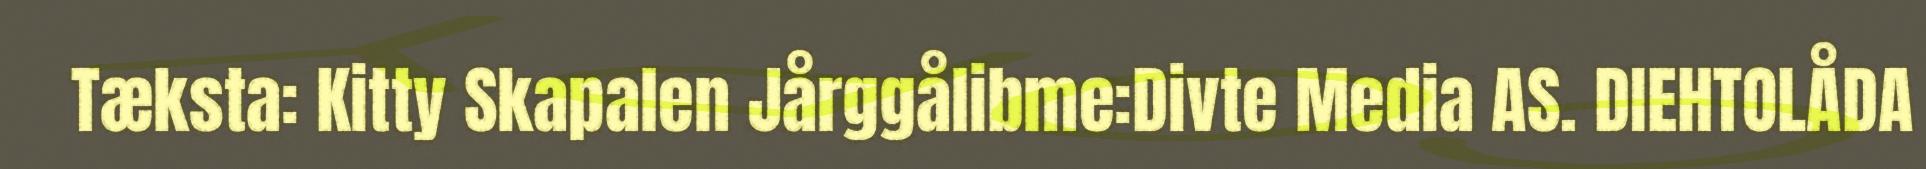
Tæksta: Kitty Skapalen Jårggålibme:Divte Media AS. DIEHTOLÅDA